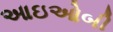
આઇઓબી